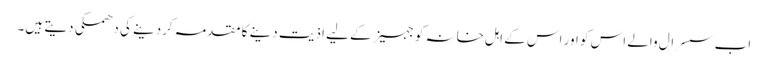
اب سسرال والے اس کو اور اس کے اہل خانہ کو جہیز کے لیے اذیت دینے کا مقدمہ کردینے کی دھمکی دیتے ہیں۔